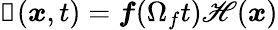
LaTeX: \boldsymbol{\mathscr{F}}(\boldsymbol{x},t)=\boldsymbol{f}(\Omega_{f}t)\mathscr{H}(\boldsymbol{x})